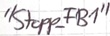
Text: "Stopp_FB1"